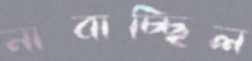
নাবাচ্ছিল